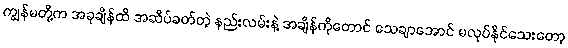
ကျွန်မတို့က အခုချိန်ထိ အဆိပ်ခတ်တဲ့ နည်းလမ်းနဲ့ အချိန်ကိုတောင် သေချာအောင် မလုပ်နိုင်သေးတော့